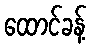
ထောင်ခန့်